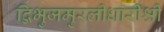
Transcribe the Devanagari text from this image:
द्विभुजमुरलीधारीश्री